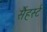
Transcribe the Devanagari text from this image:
सैंहर्स्ट